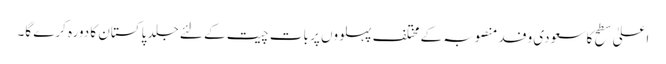
اعلیٰ سطح کا سعودی وفد منصوبہ کے مختلف پہلووں پر بات چیت کے لئے جلد پاکستان کا دورہ کرے گا۔